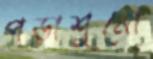
পড়াশুনো